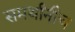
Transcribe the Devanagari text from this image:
समर्थांनीच